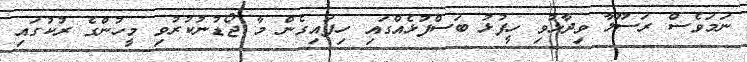
ނަމަވެސް ރަސޫލާ ވިދާޅުވި ހީފުޅު ބަސްފުޅެއްގައި ހިފައިގެން މާ ޖޯޑުނުކުރުވި މީހުންގެ ރުކުގައި